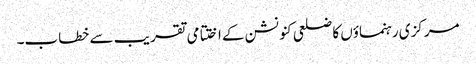
مرکزی رہنماؤں کا ضلعی کنونشن کے اختتامی تقر یب سے خطاب۔